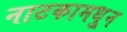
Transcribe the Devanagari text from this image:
नाटकामधु्न